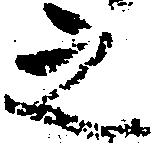
之